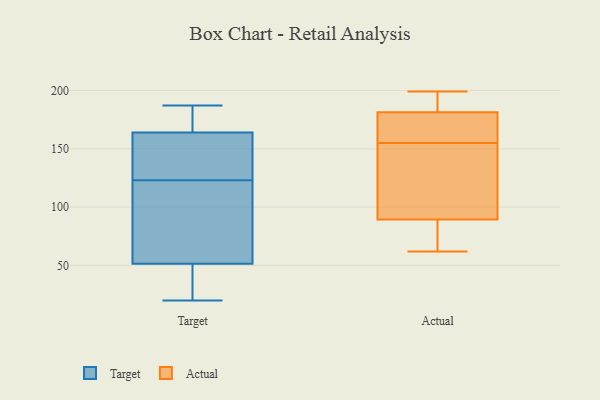
{"axis": {"x": "Waste Production (Tons)", "y": "Value"}, "legend": ["Actual", "Target"], "data": [{"x": "", "y": 36, "type": "Target"}, {"x": "", "y": 99, "type": "Target"}, {"x": "", "y": 43, "type": "Target"}, {"x": "", "y": 100, "type": "Target"}, {"x": "", "y": 142, "type": "Target"}, {"x": "", "y": 174, "type": "Target"}, {"x": "", "y": 177, "type": "Target"}, {"x": "", "y": 135, "type": "Target"}, {"x": "", "y": 123, "type": "Target"}, {"x": "", "y": 91, "type": "Target"}, {"x": "", "y": 20, "type": "Target"}, {"x": "", "y": 47, "type": "Target"}, {"x": "", "y": 168, "type": "Target"}, {"x": "", "y": 187, "type": "Target"}, {"x": "", "y": 125, "type": "Target"}, {"x": "", "y": 46, "type": "Target"}, {"x": "", "y": 65, "type": "Target"}, {"x": "", "y": 152, "type": "Target"}, {"x": "", "y": 184, "type": "Target"}, {"x": "", "y": 176, "type": "Actual"}, {"x": "", "y": 155, "type": "Actual"}, {"x": "", "y": 183, "type": "Actual"}, {"x": "", "y": 197, "type": "Actual"}, {"x": "", "y": 160, "type": "Actual"}, {"x": "", "y": 133, "type": "Actual"}, {"x": "", "y": 66, "type": "Actual"}, {"x": "", "y": 62, "type": "Actual"}, {"x": "", "y": 176, "type": "Actual"}, {"x": "", "y": 189, "type": "Actual"}, {"x": "", "y": 199, "type": "Actual"}, {"x": "", "y": 99, "type": "Actual"}, {"x": "", "y": 86, "type": "Actual"}, {"x": "", "y": 65, "type": "Actual"}, {"x": "", "y": 137, "type": "Actual"}]}